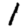
Digit: 1